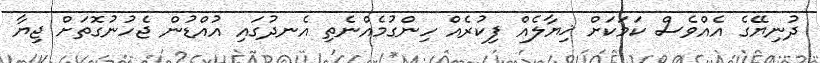
ދުނިޔޭގެ އެއްވެސް ކަމަކަށް ޚިޔާލެއް ފިކުރެއް ހިންގުމެއްނެތި އެނދުގައި އުއްޑުން ޖެހުނުގޮތަށް ޖިޔާ